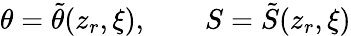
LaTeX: \theta=\tilde{\theta}(z_{r},\xi),\qquad S=\tilde{S}(z_{r},\xi)